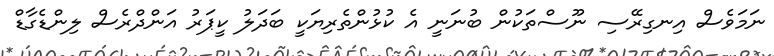
ނަމަވެސް އިނގިރޭސި ނޫސްތަކުން ބުނަނީ އެ ކުޅުންތެރިޔަކީ ބަދަލު ކީޕަރު އަންދްރެސް ލިންޑެގާޑް